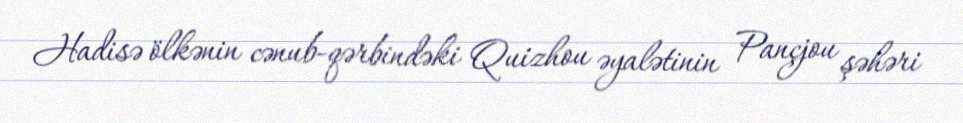
Hadisə ölkənin cənub-qərbindəki Quizhou əyalətinin Pançjou şəhəri